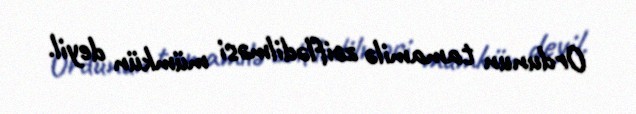
Ordunun tamamilə zəiflədilməsi mümkün deyil.